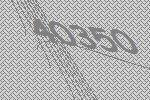
40350